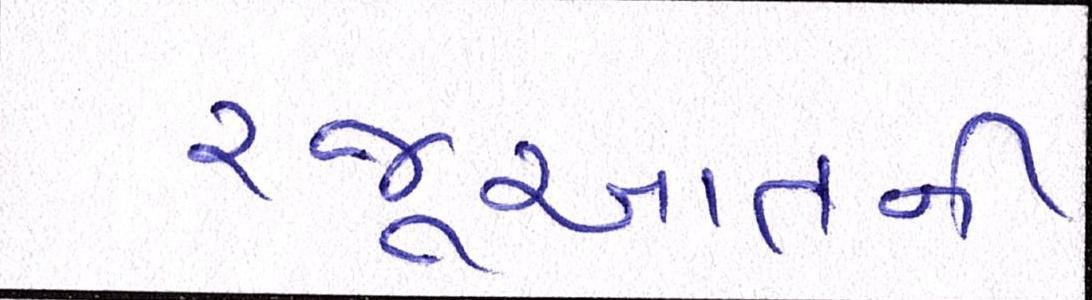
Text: રજૂઆતની